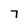
Character: 7